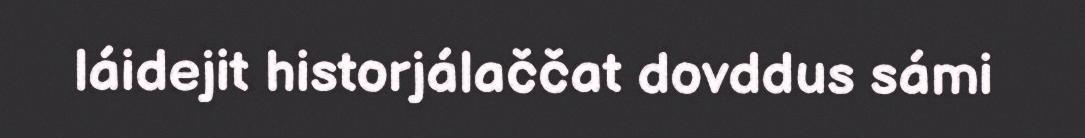
láidejit historjálaččat dovddus sámi